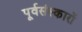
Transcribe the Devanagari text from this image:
पूर्वसंस्कारों